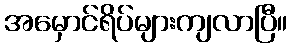
အမှောင်ရိပ်များကျလာပြီ။